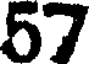
57